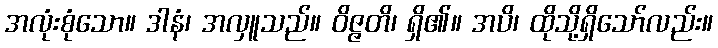
အလုံးစုံသော။ ဒါနံ၊ အလှူသည်။ ဝိဇ္ဇတိ၊ ရှိ၏။ အပိ၊ ထိုသို့ရှိသော်လည်း။